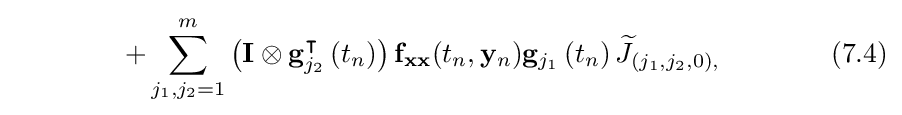
\qquad \qquad +\sum \limits _{j_{1},j_{2}=1}^{m}\left(\mathbf {I} \otimes \mathbf {g} _{j_{2}}^{\intercal }\left(t_{n}\right)\right)\mathbf {f} _{\mathbf {xx} }(t_{n},\mathbf {y} _{n})\mathbf {g} _{j_{1}}\left(t_{n}\right){\widetilde {J}}_{\left(j_{1},j_{2},0\right),}\qquad \qquad (7.4)